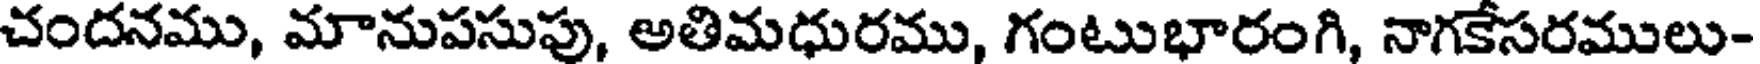
చందనము, మానుపసుపు, అతిమధురము, గంటుభారంగి, నాగకేసరములు-